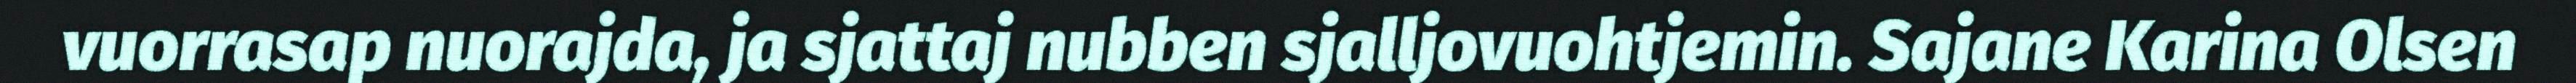
vuorrasap nuorajda, ja sjattaj nubben sjalljovuohtjemin. Sajane Karina Olsen